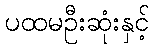
ပထမဦးဆုံးနှင့်